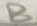
Text: B